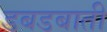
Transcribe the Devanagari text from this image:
डबडबाती